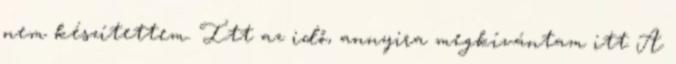
nem készítettem. Itt az idő, annyira megkívántam itt A